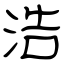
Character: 浩